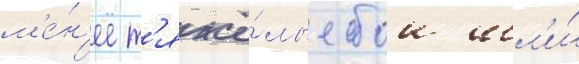
м'е́н'ее т'яжё́лые бои шл'и́